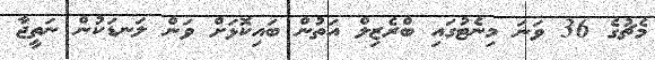
މެޗުގެ 36 ވަނަ މިނެޓުގައި ބްރެޒިލް އަތުން ބައިކޮޅަށް ވަން ލަނޑަކުން ނަތީޖާ